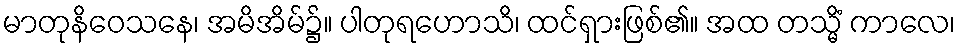
မာတုနိဝေသနေ၊ အမိအိမ်၌။ ပါတုရဟောသိ၊ ထင်ရှားဖြစ်၏။ အထ တသ္မိံ ကာလေ၊